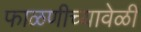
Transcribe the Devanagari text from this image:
फाळणीच्यावेळी